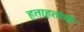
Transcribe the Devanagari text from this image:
हताहतांची